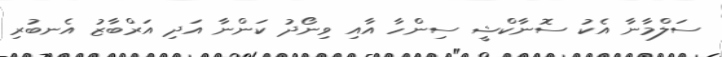
ސަލްމާނާ އެކު ސޮނާކްޝީ ސިންހާ އާއި ވިނޯދު ކަންނާ އަދި އަރްބާޒު އެނބުރި